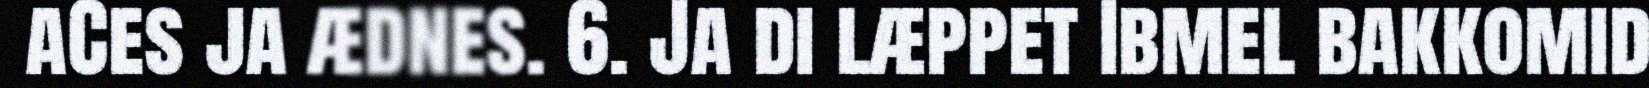
aCes ja ædnes. 6. Ja di læppet Ibmel bakkomid